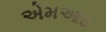
એમઆઇ